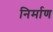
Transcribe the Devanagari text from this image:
निर्माण्‍ा